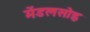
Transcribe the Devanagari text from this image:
मेंडलसोह्न